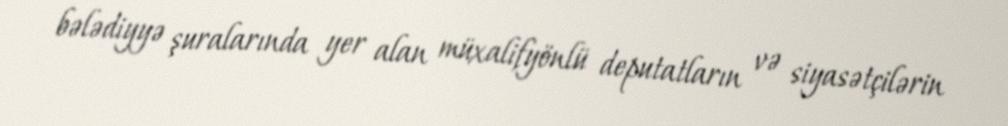
bələdiyyə şuralarında yer alan müxalifyönlü deputatların və siyasətçilərin